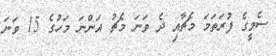
ސެމީގެ ފުރަތަމަ މެޗާއި ދެ ވަނަ މެޗު އަންނަ މަހުގެ 15 ވަނަ